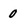
Character: 0